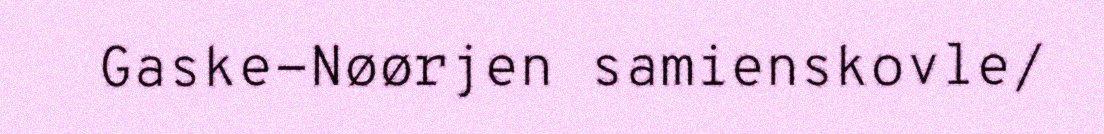
Gaske-Nøørjen samienskovle/